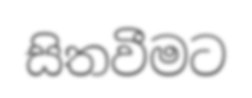
සිතවීමට